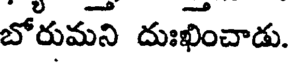
బోరుమని దుఃఖించాడు.